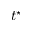
t ^ { \star }